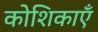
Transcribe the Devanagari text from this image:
कोशिकाऍं